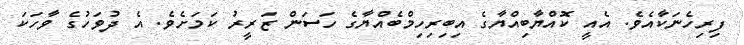
ފިރިހެނަކާއެވެ. އެއީ ކޮއްޔާބިއްޔާގެ އިބިރިހިމްބެއްޔާގެ ހަސަން ޒަރީރު ކަމަށެވެ. އެ ދުވަހުގެ ވާހަކަ